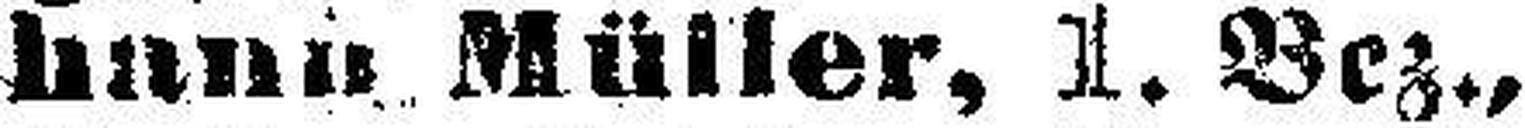
hann Müller, 1. Bez.,